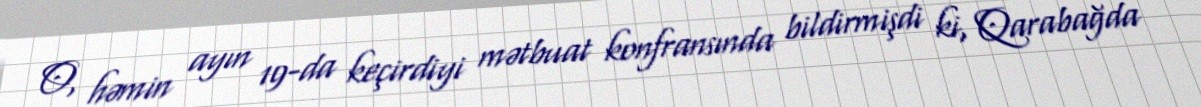
O, həmin ayın 19-da keçirdiyi mətbuat konfransında bildirmişdi ki, Qarabağda